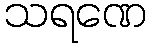
သရဏေ